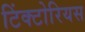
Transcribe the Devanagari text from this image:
टिंक्टोरियस